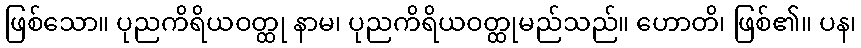
ဖြစ်သော။ ပုညကိရိယဝတ္ထု နာမ၊ ပုညကိရိယဝတ္ထုမည်သည်။ ဟောတိ၊ ဖြစ်၏။ ပန၊